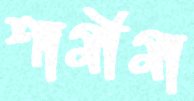
শামীমা